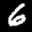
Label: 6